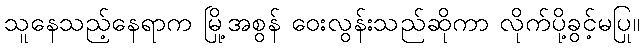
သူနေသည့်နေရာက မြို့အစွန် ဝေးလွန်းသည်ဆိုကာ လိုက်ပို့ခွင့်မပြု။